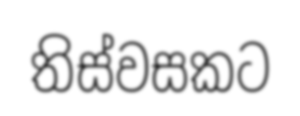
තිස්වසකට